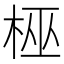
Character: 𬂳